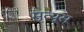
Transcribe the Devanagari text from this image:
मृत्यूस